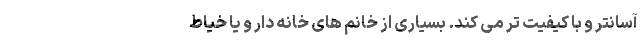
آسانتر و با کیفیت تر می کند. بسیاری از خانم های خانه دار و یا خیاط